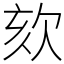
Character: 欬